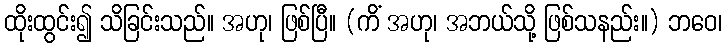
ထိုးထွင်း၍ သိခြင်းသည်။ အဟု၊ ဖြစ်ပြီ။ (ကိံ အဟု၊ အဘယ်သို့ ဖြစ်သနည်း။) ဘဝေ၊